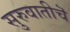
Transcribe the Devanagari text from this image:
सुरुवातीचॆ